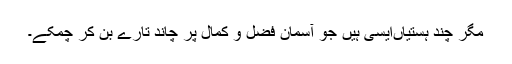
مگر چند ہستیاںایسی ہیں جو آسمان فضل و کمال پر چاند تارے بن کر چمکے۔